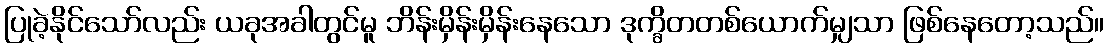
ပြုခဲ့နိုင်သော်လည်း ယခုအခါတွင်မူ ဘိန်းမှိန်းမှိန်းနေသော ဒုက္ခိတတစ်ယောက်မျှသာ ဖြစ်နေတော့သည်။